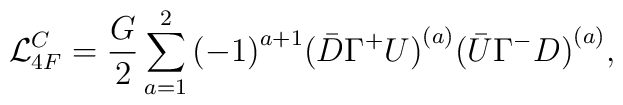
{\cal L}_{4F}^C=\frac{G}{2}\sum_{a=1}^{2}{(-1)}^{a+1}{(\bar{D}\Gamma^+U)}^{(a)}{(\bar{U}\Gamma^-D)}^{(a)},